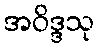
အဝိဒ္ဒသု